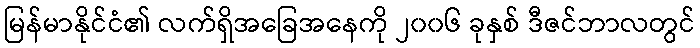
မြန်မာနိုင်ငံ၏ လက်ရှိအခြေအနေကို ၂၀၀၆ ခုနှစ် ဒီဇင်ဘာလတွင်